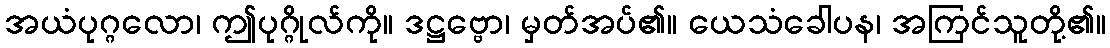
အယံပုဂ္ဂလော၊ ဤပုဂ္ဂိုလ်ကို။ ဒဋ္ဌဗ္ဗော၊ မှတ်အပ်၏။ ယေသံခေါပန၊ အကြင်သူတို့၏။